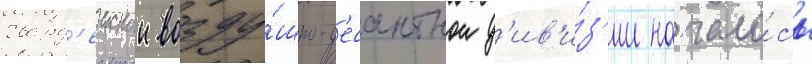
гвард'еискои возду́шно-д'есантнои д'ив'и́з'ии начало́сь